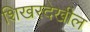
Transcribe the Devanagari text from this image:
शिखरदेखील